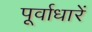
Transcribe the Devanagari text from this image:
पूर्वाधारें